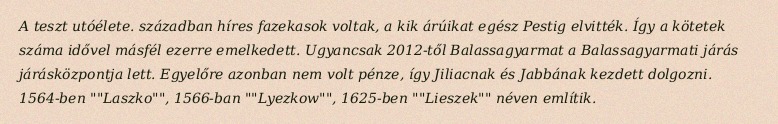
A teszt utóélete. században híres fazekasok voltak, a kik árúikat egész Pestig elvitték. Így a kötetek száma idővel másfél ezerre emelkedett. Ugyancsak 2012-től Balassagyarmat a Balassagyarmati járás járásközpontja lett. Egyelőre azonban nem volt pénze, így Jiliacnak és Jabbának kezdett dolgozni. 1564-ben ""Laszko"", 1566-ban ""Lyezkow"", 1625-ben ""Lieszek"" néven említik.